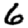
Digit: 6